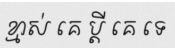
ខ្មាស់ គេ ប្តី គេ ទេ